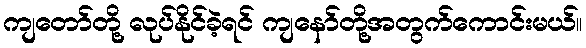
ကျတော်တို့ လုပ်နိုင်ခဲ့ရင် ကျနော်တို့အတွက်ကောင်းမယ်။